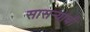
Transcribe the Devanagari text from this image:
सासऱ्याची